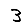
Digit: 3